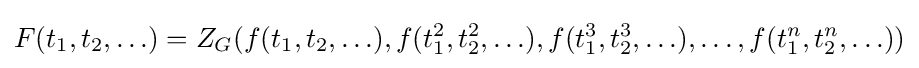
F(t_{1},t_{2},\ldots )=Z_{G}(f(t_{1},t_{2},\ldots ),f(t_{1}^{2},t_{2}^{2},\ldots ),f(t_{1}^{3},t_{2}^{3},\ldots ),\ldots ,f(t_{1}^{n},t_{2}^{n},\ldots ))